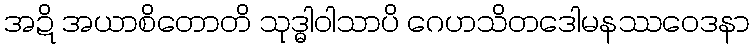
အဍိ အယာစိတောတိ သုဒ္ဓါဝါသာပိ ဂေဟသိတဒေါမနဿဝေဒနာ